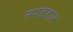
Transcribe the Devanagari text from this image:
रपटदार